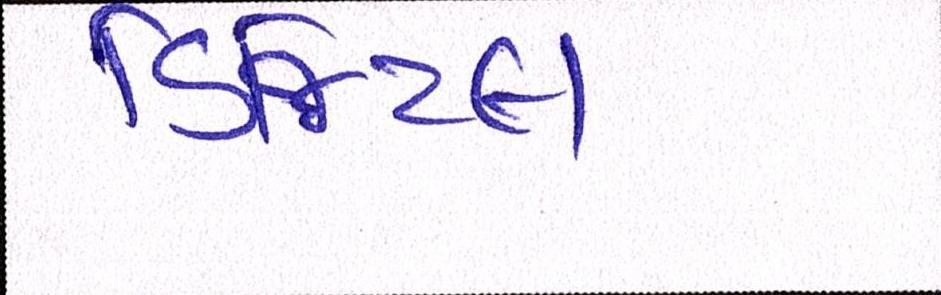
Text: ડિજિટલ